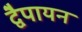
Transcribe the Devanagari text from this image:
द्वेैपायन